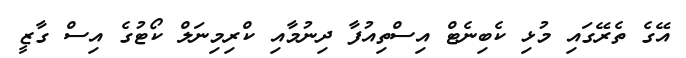
އޭގެ ތެރޭގައި މުޅި ކެބިނެޓް އިސްތިއުފާ ދިނުމާއި ކްރިމިނަލް ކޯޓުގެ އިސް ގާޒީ